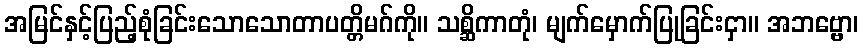
အမြင်နှင့်ပြည့်စုံခြင်းသောသောတာပတ္တိမဂ်ကို။ သစ္ဆိကာတုံ၊ မျက်မှောက်ပြုခြင်းငှာ။ အဘဗ္ဗော၊